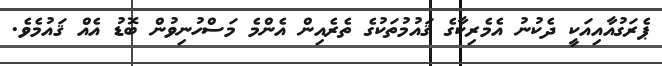
ޕެރަގުއާއިއަކީ ދެކުނު އެމެރިކާގެ ޤައުމުތަކުގެ ތެރެއިން އެންމެ މަސްހުނިވުން ބޮޑު އެއް ޤައުމެވެ.